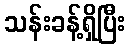
သန်းခန့်ရှိပြီး